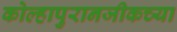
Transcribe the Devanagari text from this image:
कोल्हापुरानजीकच्या